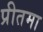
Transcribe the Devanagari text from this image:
प्रीतमा